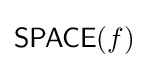
{\mathsf {SPACE}}(f)